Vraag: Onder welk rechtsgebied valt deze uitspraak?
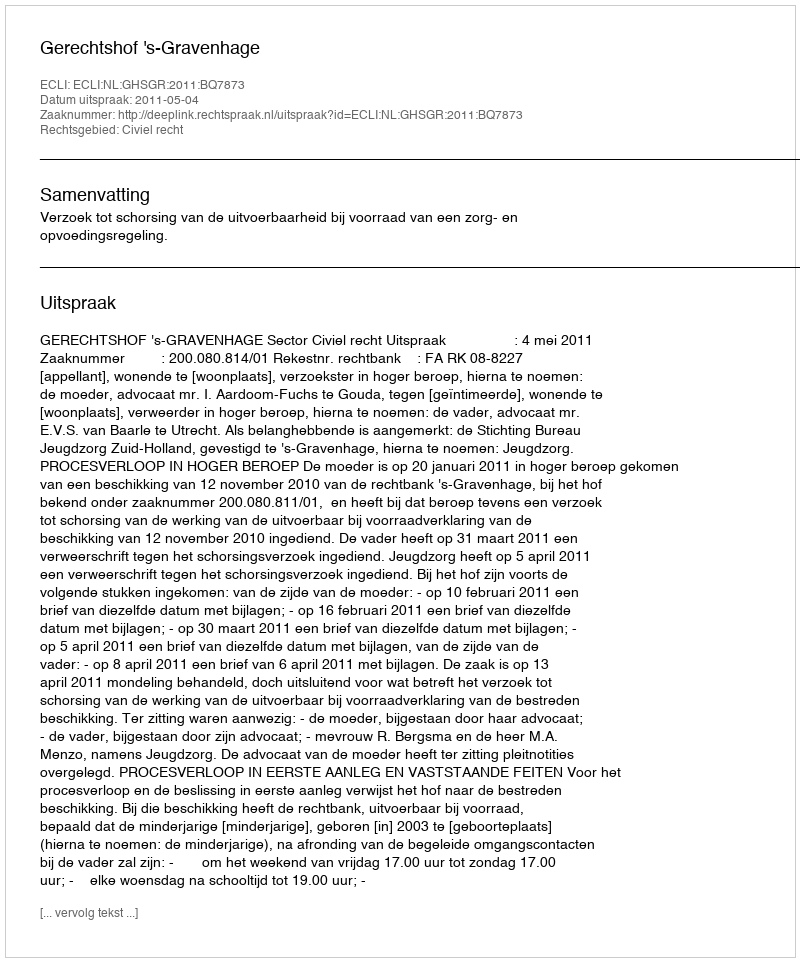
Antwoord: Civiel recht